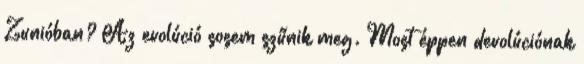
Zunióban? Az evolúció sosem szűnik meg. Most éppen devolúciónak